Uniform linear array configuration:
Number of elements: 8
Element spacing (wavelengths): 0.25
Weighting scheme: hamming
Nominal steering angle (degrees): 45
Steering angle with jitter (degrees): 45.032
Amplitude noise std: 0.05
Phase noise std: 0.05

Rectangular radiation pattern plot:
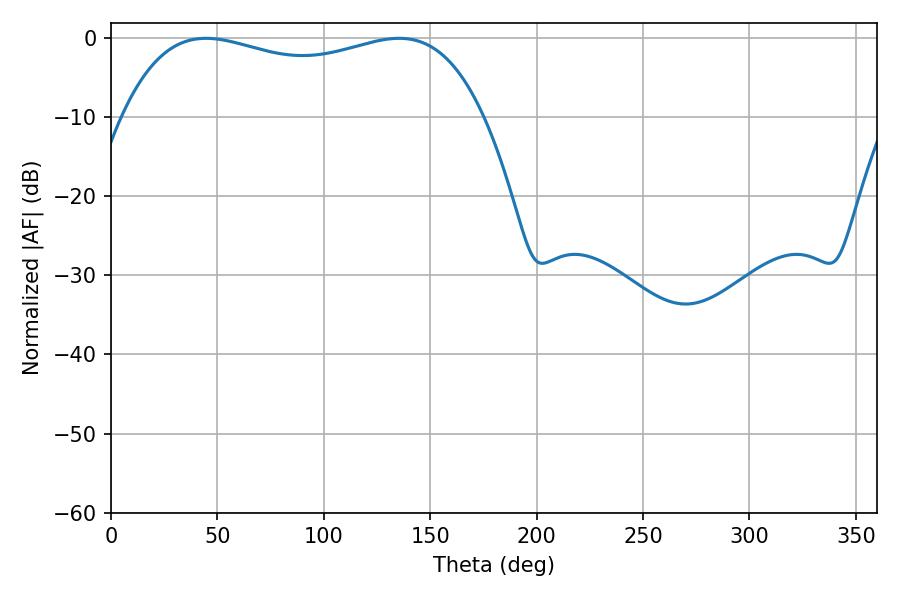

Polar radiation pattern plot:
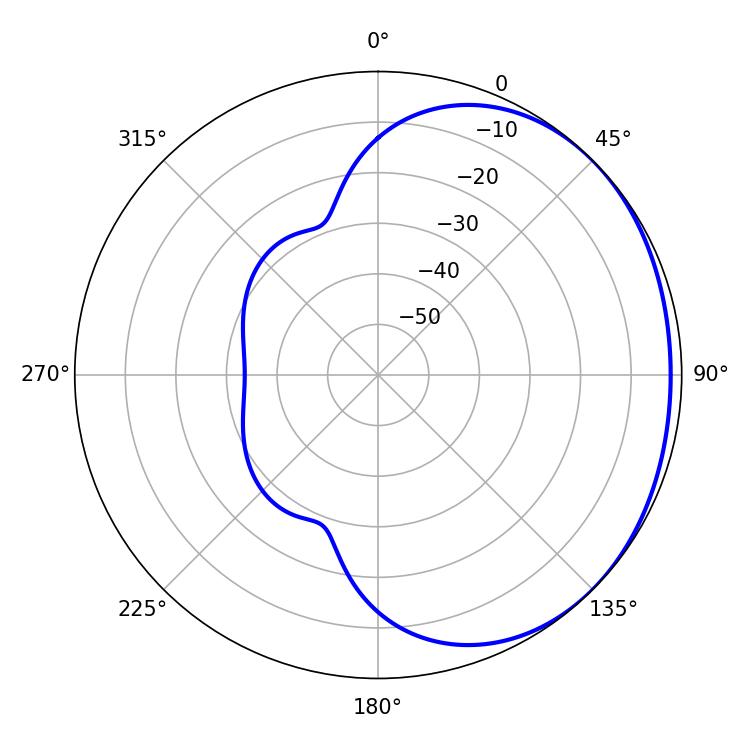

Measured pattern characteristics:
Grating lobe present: FALSE
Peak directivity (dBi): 1.223
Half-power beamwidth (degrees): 138.24
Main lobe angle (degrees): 44.64